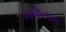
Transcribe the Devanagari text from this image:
मन्नीलाल